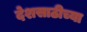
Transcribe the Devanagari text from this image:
देशसाठीच्या